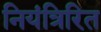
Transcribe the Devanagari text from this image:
नियंत्रिरित